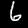
Digit: 6